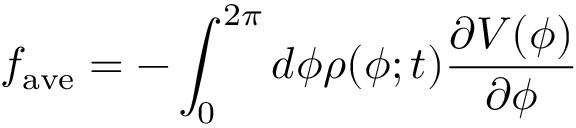
f _ { \mathrm { a v e } } = - \int _ { 0 } ^ { 2 \pi } d \phi \rho ( \phi ; t ) \frac { \partial V ( \phi ) } { \partial \phi }